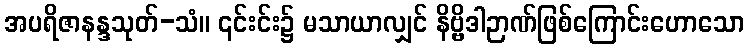
အပရိဇာနန္ဒသုတ်-သံ။ ၎င်းင်း၌ မသာယာလျှင် နိဗ္ဗိဒါဉာဏ်ဖြစ်ကြောင်းဟောသော